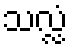
သလ္လံ